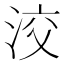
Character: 洨